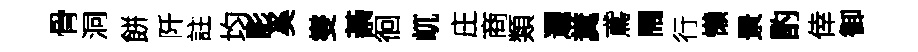
骨洞餅阡註均影奚燮綦徊屼庄商類邐糞鳶閙行懶景酌倖御